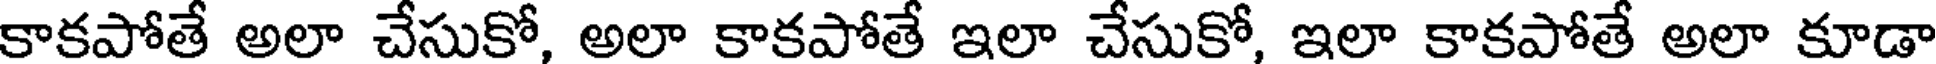
కాకపోతే అలా చేసుకో, అలా కాకపోతే ఇలా చేసుకో, ఇలా కాకపోతే అలా కూడా